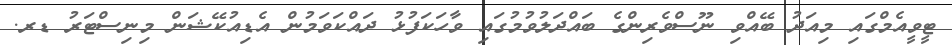
ޓީވީއެމްގައި މިއަދު ބޭއްވި ނޫސްވެރިންގެ ބައްދަލުވުމުގައި ވާހަކަފުޅު ދައްކަވަމުން އެޑިއުކޭޝަން މިނިސްޓަރު ޑރ.